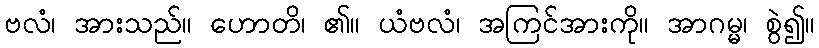
ဗလံ၊ အားသည်။ ဟောတိ၊ ၏။ ယံဗလံ၊ အကြင်အားကို။ အာဂမ္မ၊ စွဲ၍။